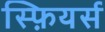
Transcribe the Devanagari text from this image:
स्फ़ियर्स